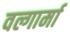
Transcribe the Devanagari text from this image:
वल्गार्मा